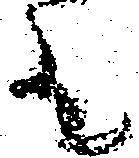
有